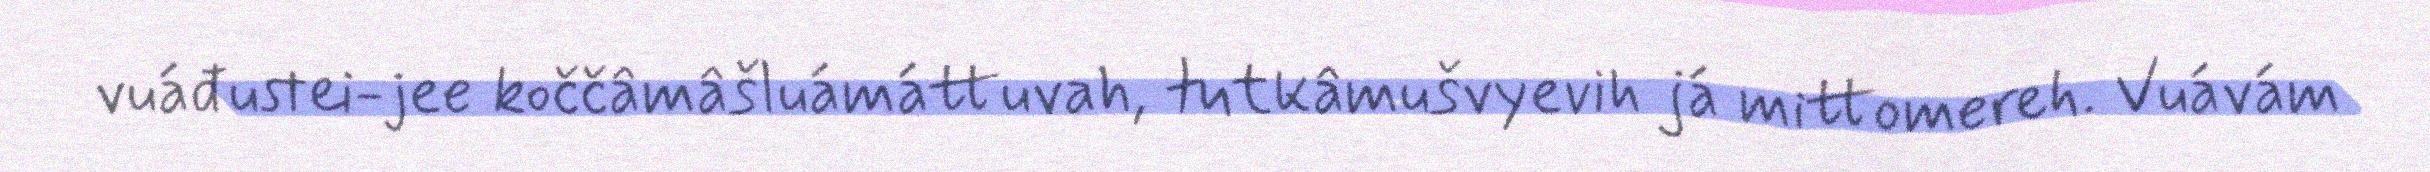
vuáđustei-jee koččâmâšluámáttuvah, tutkâmušvyevih já mittomereh. Vuávám